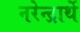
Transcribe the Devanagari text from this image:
नरेन्द्रार्थे